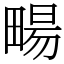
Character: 畼